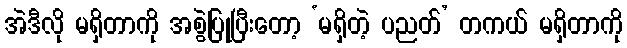
အဲဒီလို မရှိတာကို အစွဲပြုပြီးတော့ ‘မရှိတဲ့ ပညတ်’ တကယ် မရှိတာကို